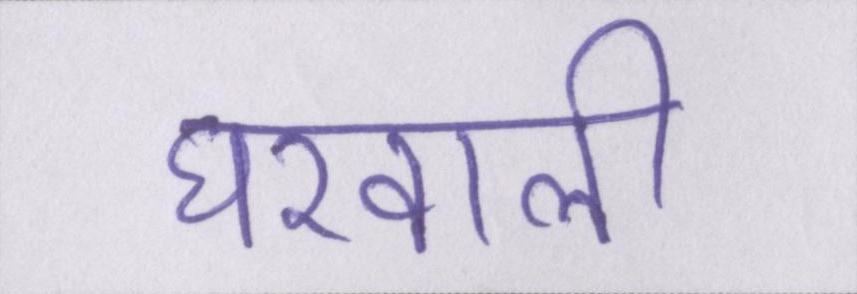
घरवाली